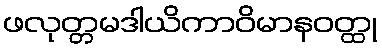
ဖလုတ္တမဒါယိကာဝိမာနဝတ္ထု